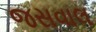
જસવાલ